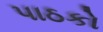
પાઠકો